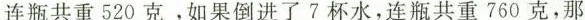
连瓶共重520克。如果倒进了7杯水，连瓶共重760克，那